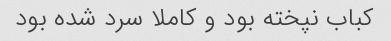
کباب نپخته بود و کاملا سرد شده بود